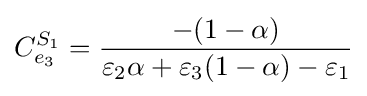
C_{e_{3}}^{S_{1}}={\frac {-(1-\alpha )}{\varepsilon _{2}\alpha +\varepsilon _{3}(1-\alpha )-\varepsilon _{1}}}